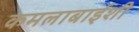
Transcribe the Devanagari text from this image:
कमलाबाईशी